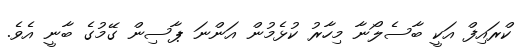
ކްރައިފް އަކީ ބާސެލޯނާ މިހާރު ކުޅެމުން އަންނަ ޕާސިން ގޭމުގެ ބާނީ އެވެ.